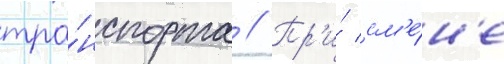
тра́нспорта // Пр'и́ см'е́н'е